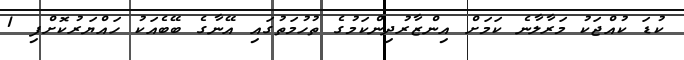
ކުޑަ ކުއްޖަކު މަރާލާނެ ކަމަށް އިންޒާރުދިންކަމުގެ ތުހުމަތުގައި އޭނާގެ ބޭބެއަކު ހައްޔަރުކޮށްފި 1